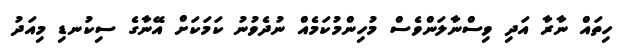
ހިތައް ނާރާ އަދި ވިސްނާލަންވެސް މުހިންމުކަމެއް ނުދެވުނު ކަމަކަށް އޭނާގެ ސިކުނޑި މިއަދު